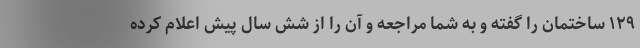
۱۲۹ ساختمان را گفته و به شما مراجعه و آن را از شش سال پیش اعلام کرده